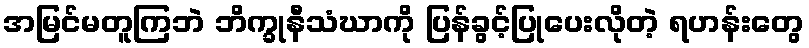
အမြင်မတူကြဘဲ ဘိက္ခုနီသံဃာကို ပြန်ခွင့်ပြုပေးလိုတဲ့ ရဟန်းတွေ